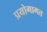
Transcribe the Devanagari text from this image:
प्रयोगागत